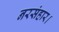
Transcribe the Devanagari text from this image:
नरसंहार।